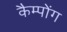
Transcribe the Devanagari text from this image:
कैम्पोंग